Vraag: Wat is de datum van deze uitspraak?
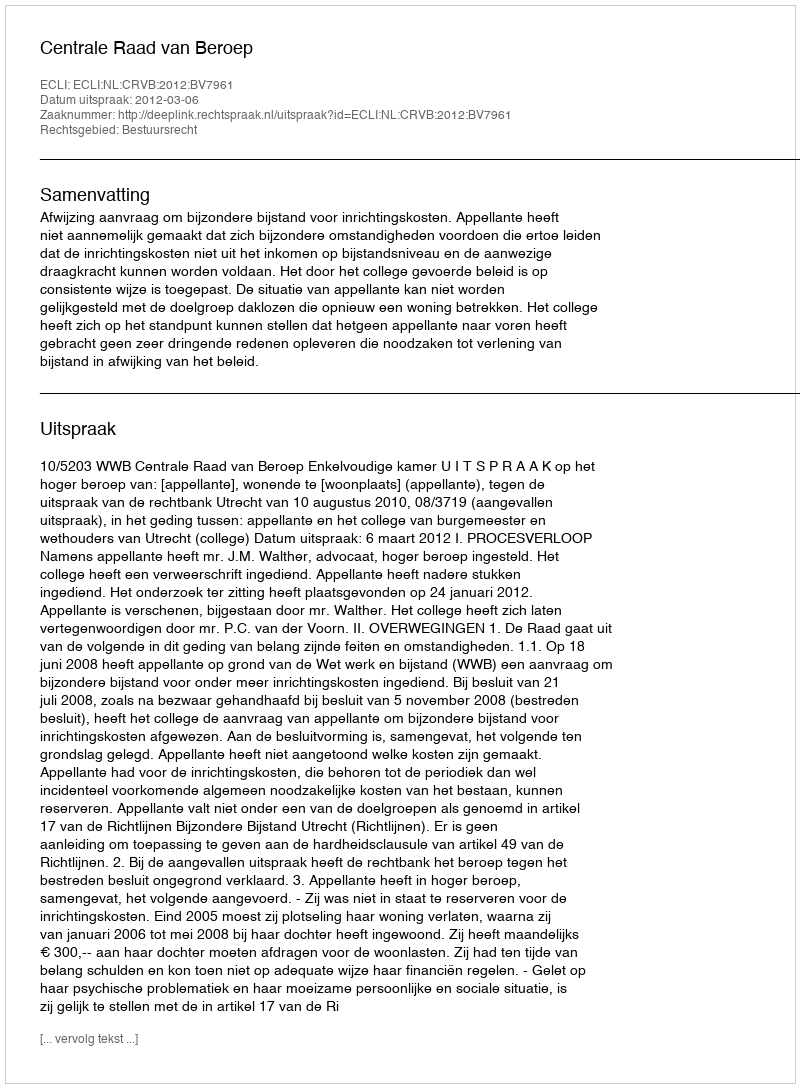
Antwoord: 2012-03-06